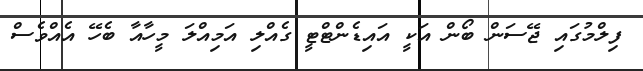
ފިލްމުގައި ޖޭސަން ބޯން އަކީ އައިޑެންޓްޓީ ގެއްލި އަމިއްލަ މީހާއާ ބެހޭ އެއްވެސް